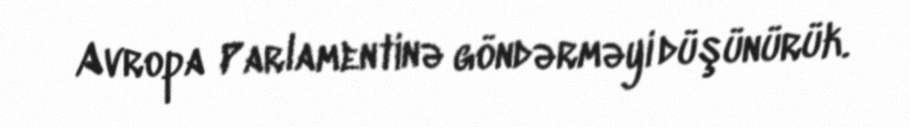
Avropa Parlamentinə göndərməyi düşünürük.